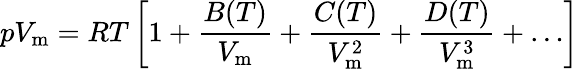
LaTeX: pV_{\mathrm{m}}=RT\left[1+{\frac{B(T)}{V_{\mathrm{m}}}}+{\frac{C(T)}{V_{\mathrm{m}}^{2}}}+{\frac{D(T)}{V_{\mathrm{m}}^{3}}}+\ldots\right]